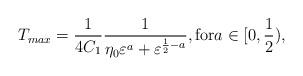
LaTeX: \begin{align*}T_{max}=\frac{1}{4C_1}\frac{1}{\eta_{0}\varepsilon^a+\varepsilon^{\frac{1}{2}-a}}, \mbox{for} a\in[0,\frac{1}{2}),\end{align*}